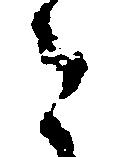
々